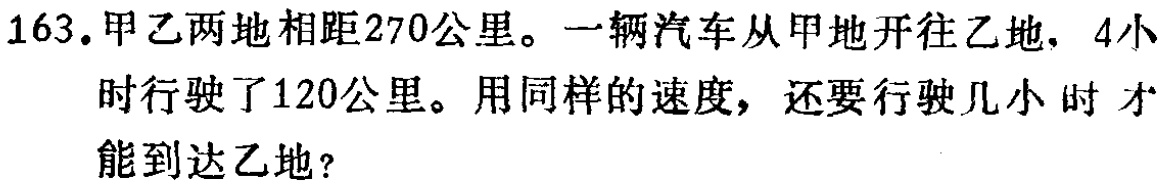
163. 甲乙两地相距270公里。一辆汽车从甲地开往乙地，4小时行驶了120公里。用同样的速度，还要行驶几小时才能到达乙地？